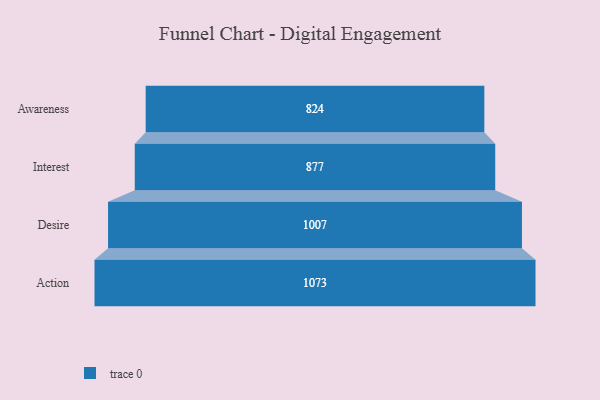
{"axis": {"x": "Stage", "y": "Value"}, "legend": [""], "data": [{"x": "Awareness", "y": 824.0, "type": ""}, {"x": "Interest", "y": 877.0, "type": ""}, {"x": "Desire", "y": 1007.0, "type": ""}, {"x": "Action", "y": 1073.0, "type": ""}]}